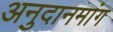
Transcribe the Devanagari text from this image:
अनुदानमांग